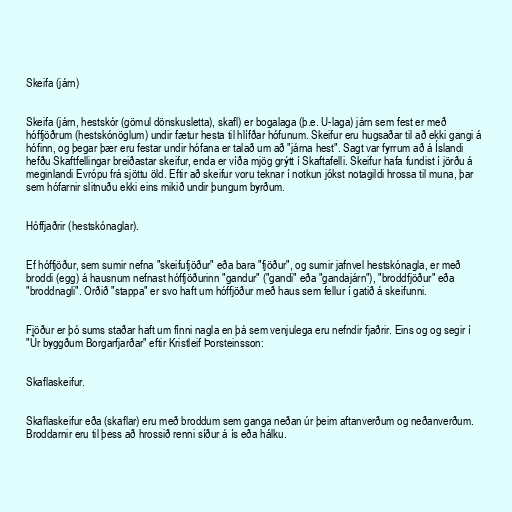
Skeifa (járn)

Skeifa (járn, hestskór (gömul dönskusletta), skafl) er bogalaga (þ.e. U-laga) járn sem fest er með
hóffjöðrum (hestskónöglum) undir fætur hesta til hlífðar hófunum. Skeifur eru hugsaðar til að ekki gangi á
hófinn, og þegar þær eru festar undir hófana er talað um að "járna hest". Sagt var fyrrum að á Íslandi
hefðu Skaftfellingar breiðastar skeifur, enda er víða mjög grýtt í Skaftafelli. Skeifur hafa fundist í jörðu á
meginlandi Evrópu frá sjöttu öld. Eftir að skeifur voru teknar í notkun jókst notagildi hrossa til muna, þar
sem hófarnir slitnuðu ekki eins mikið undir þungum byrðum.

Hóffjaðrir (hestskónaglar).

Ef hóffjöður, sem sumir nefna "skeifufjöður" eða bara "fjöður", og sumir jafnvel hestskónagla, er með
broddi (egg) á hausnum nefnast hóffjöðurinn "gandur" ("gandi" eða "gandajárn"), "broddfjöður" eða
"broddnagli". Orðið "stappa" er svo haft um hóffjöður með haus sem fellur í gatið á skeifunni.

Fjöður er þó sums staðar haft um fínni nagla en þá sem venjulega eru nefndir fjaðrir. Eins og og segir í
"Úr byggðum Borgarfjarðar" eftir Kristleif Þorsteinsson:

Skaflaskeifur.

Skaflaskeifur eða (skaflar) eru með broddum sem ganga neðan úr þeim aftanverðum og neðanverðum.
Broddarnir eru til þess að hrossið renni síður á ís eða hálku.